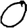
Digit: 0